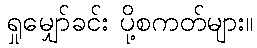
ရှုမျှော်ခင်း ပို့စကတ်များ။